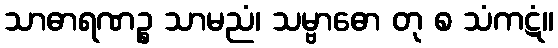
သာဓာရဏဉ္စ သာမညံ၊ သမ္ဗာဓော တု စ သံကဋံ။